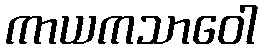
ကာယကသာဝေါ